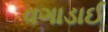
વગાડાઈ